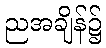
ညအချိန်၌